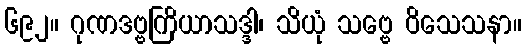
၆၉၂။ ဂုဏဒဗ္ဗကြိယာသဒ္ဒါ၊ သိယုံ သဗ္ဗေ ဝိသေသနာ။